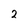
Character: 2